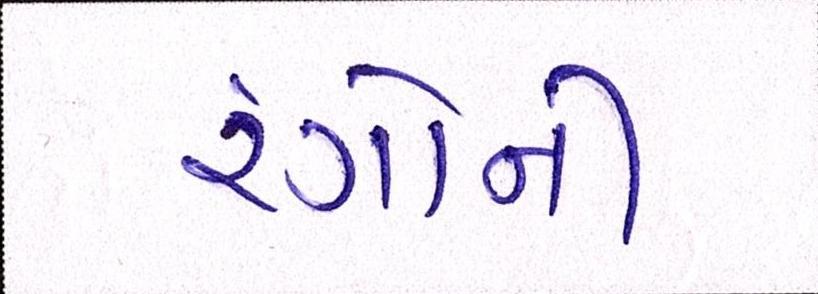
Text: રંગોની